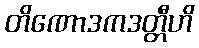
တိဏောဒကဒတ္တီဟိ